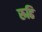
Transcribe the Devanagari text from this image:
रुढि